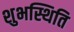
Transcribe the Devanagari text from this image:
शुभस्थिति